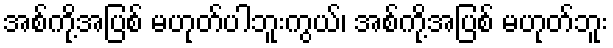
အစ်ကို့အပြစ် မဟုတ်ပါဘူးကွယ်၊ အစ်ကို့အပြစ် မဟုတ်ဘူး